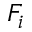
F _ { i }